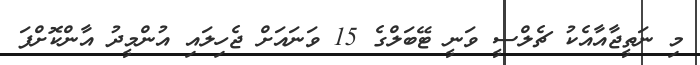
މި ނަތީޖާއާއެކު ޗެލްސީ ވަނީ ޓޭބަލްގެ 15 ވަނައަށް ޖެހިލައި އުންމީދު އާންކޮށްފަ